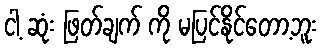
ငါ့ ဆုံး ဖြတ်ချက် ကို မပြင်နိုင်တော့ဘူး